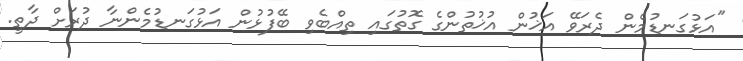
"އަޅުގަނޑުމެން ދެރަވޭ އަޚުން އުޚުތުންގެ ގޮތުގައި ތިއްބެވި ބޭފުޅުން އަޅުގަނޑުމެންނާ ދުރަށް ދާތީ.